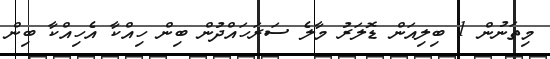
މިތަނުން 1 ބިލިއަން ޑޮލަރު މާލެ ސަރަހައްދުން ބިން ހިއްކާ އެހިއްކާ ބިން